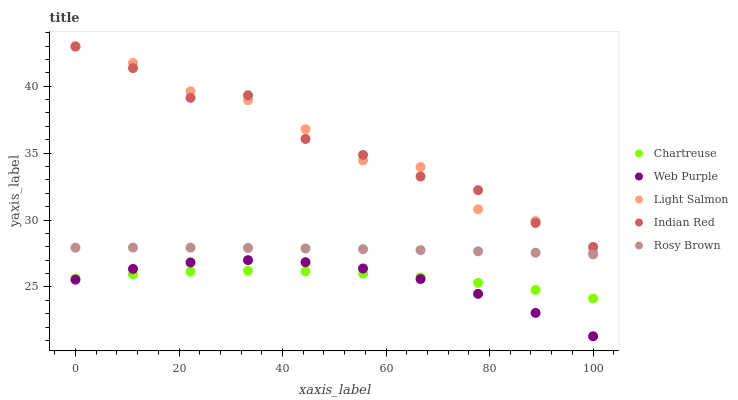
| xaxis_label | Chartreuse | Web Purple | Light Salmon | Indian Red | Rosy Brown |
 | --- | --- | --- | --- | --- | --- |
 | 0 | 25.6 | 25.5 | 43 | 43 | 27.9 |
 | 11.1 | 25.9 | 26.3 | 41.7 | 41.4 | 27.9 |
 | 22.2 | 26.1 | 26.8 | 39.6 | 39.1 | 27.9 |
 | 33.3 | 26.2 | 27 | 39 | 39.3 | 27.9 |
 | 44.4 | 26.2 | 26.8 | 36.8 | 36.1 | 27.9 |
 | 55.6 | 26 | 26.4 | 34.5 | 34.9 | 27.8 |
 | 66.7 | 25.7 | 25.6 | 34 | 33.3 | 27.7 |
 | 77.8 | 25.3 | 24.5 | 30.8 | 32.2 | 27.7 |
 | 88.9 | 24.8 | 23.1 | 29.9 | 29.8 | 27.6 |
 | 100 | 24.1 | 21.3 | 27.6 | 28 | 27.4 |